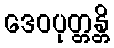
ဒေဝပုတ္တန္တိ